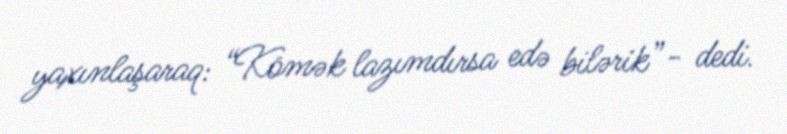
yaxınlaşaraq: “Kömək lazımdırsa edə bilərik”- dedi.